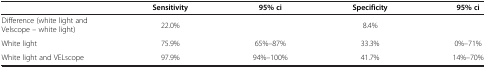
<table><thead><tr><td><b> </b></td><td><b>Sensitivity</b></td><td><b>95% ci</b></td><td><b>Specificity</b></td><td><b>95% ci</b></td></tr></thead><tbody><tr><td>Difference (white light and Velscope – white light)</td><td>22.0%</td><td> </td><td>8.4%</td><td> </td></tr><tr><td>White light</td><td>75.9%</td><td>65%–87%</td><td>33.3%</td><td>0%–71%</td></tr><tr><td>White light and VELscope</td><td>97.9%</td><td>94%–100%</td><td>41.7%</td><td>14%–70%</td></tr></tbody></table>